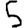
Digit: 5